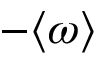
- \langle \omega \rangle